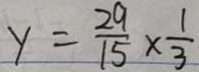
y = \frac { 2 9 } { 1 5 } \times \frac { 1 } { 3 }